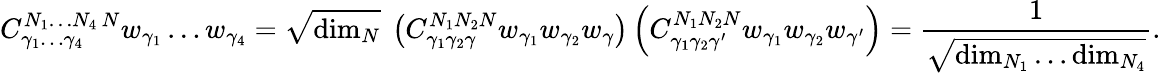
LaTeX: {C}_{\gamma_{1}\ldots\gamma_{4}}^{N_{1}\ldots N_{4}\, N}w_{\gamma_{1}}\ldots w_{\gamma_{4}}=\sqrt{\mathrm{dim}_{N}}\ \left({C}_{\gamma_{1}\gamma_{2}\gamma}^{N_{1}N_{2}N}w_{\gamma_{1}}w_{\gamma_{2}}w_{\gamma}\right)\left({C}_{\gamma_{1}\gamma_{2}\gamma^{\prime}}^{N_{1}N_{2}N}w_{\gamma_{1}}w_{\gamma_{2}}w_{\gamma^{\prime}}\right)={\frac{1}{\sqrt{\mathrm{dim}_{N_{1}}\ldots\mathrm{dim}_{N_{4}}}}}.